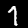
Label: 7